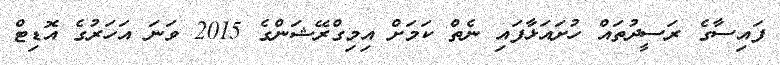
ފައިސާގެ ރަސީދުތައް ހުށައަޅާފައި ނެތް ކަމަށް އިމިގްރޭޝަންގެ 2015 ވަނަ އަހަރުގެ އޮޑިޓް